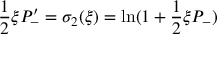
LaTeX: \frac { 1 } { 2 } \xi P _ { - } ^ { \prime } = \sigma _ { 2 } ( \xi ) = \ln ( 1 + \frac { 1 } { 2 } \xi P _ { - } )